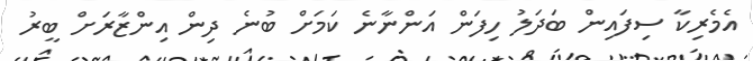
އެމެރިކާ ސިފައިން ބަދަލު ހިފަން އަންނާނެ ކަމަށް ބުނެ ދިން އިންޒާރަށް ބީރު